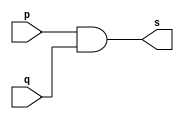
//-------------
//Exemplo0014//AND
//Nome:Eduardo de Figueiredo Junior
//-------------
//-------------
//--andgate
//-------------
module andgate (output s, input p, input q);
assign s = (p & q);
endmodule // andgate
module andgate2 (output s, input p, input q, input r);
wire s1;
andgate AND1 (s1, p, q);
andgate AND2 (s, r, s1);
endmodule//endgate
module testandgate;
reg a,b,c;
wire s;
andgate2 AND3(s,a,b,c);
//---------parte principal
initial begin:start
a=0;b=0;c=0;
end

initial begin:main
$display("Exemplo0014 - Eduardo de Figueiredo Junior - 451550");
$display("test andgate");
$display("a & b & c = s");

#1 a=0;b=0;c=0;
$monitor("%b & %b & %b = %b",a,b,c,s);
#1 a=0;b=0;c=1;
#1 a=0;b=1;c=0;
#1 a=0;b=1;c=1;
#1 a=1;b=0;c=0;
#1 a=1;b=0;c=1;
#1 a=1;b=1;c=0;
#1 a=1;b=1;c=1;
end
endmodule//testandgate